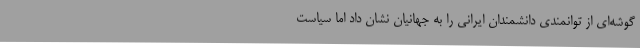
گوشه‌ای از توانمندی دانشمندان ایرانی را به جهانیان نشان داد اما سیاست